Vital statistics of India. Vol. IV, Annual returns from 1871 to 1876. British Army of India, Native Army and jails of Bengal
Year: 1871
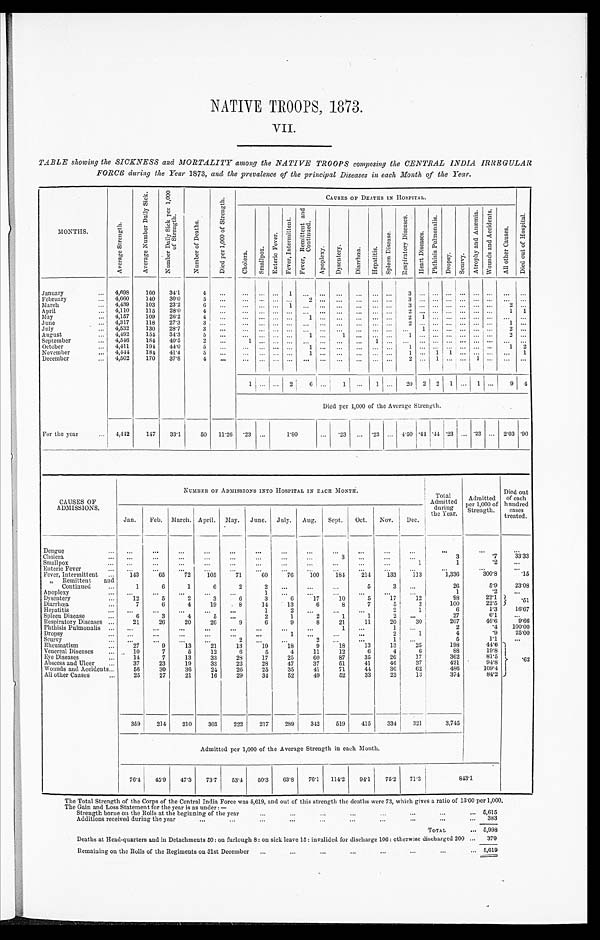
NATIVE TROOPS, 1873.
VII.
TABLE showing the SICKNESS and MORTALITY among the NATIVE TROOPS composing the CENTRAL INDIA IRREGULAR
FORCE during the Year 1873, and the prevalence of the principal Diseases in each Month of the Year.
MONTHS.
A v e r a g e S t r e n g t h .
A v e r a g e N u m b e r D a i l y S i c k .
N u m b e r D a i l y S i c k p e r 1 , 0 0 0 o f S t r e n g t h .
N u m b e r o f D e a t h s .
D i e d p e r 1 , 0 0 0 o f S t r e n g t h .
CAUSES OF DEATHS IN HOSPITAL.
D i e d o u t o f H o s p i t a l .
C h o l e r a .
S m a l l p o x .
En t e r i c F e v e r .
F e v e r , I n t e r m i t t e n t .
F e v e r , R e m i t t e n t a n d C o n t i n u e d .
A p o p l e x y .
D y s e n t e r y .
D i a r r h œ a .
H e p a t i t i s .
S p l e e n D i s e a s e .
R e s p i r a t o r y D i s e a s e s .
H e a r t D i s e a s e s .
P h t h i s i s P u l m o n a l i s .
D r o p s y .
S c u r v y .
A t r o p h y a n d A n æ m i a .
W o u n d s a n d A c c i d e n t s .
A l l o t h e r C a u s e s .
January . . .
4,698
160
34.1
4
. . .
. . .
. . .
. . .
1
. . .
. . .
. . .
. . .
. . .
. . .
3
. . .
. . .
. . .
. . .
. . .
. . .
. . .
. . .
4,660
February . . .
140
30.0
5
. . .
. . .
. . . . . . . . .
2
. . .
. . .
. . .
. . .
. . .
3
. . .
. . .
. . .
. . .
. . .
. . .
. . .
. . .
March . . .
4,439
103
23.2
6
. . .
. . .
. . . . . .
1
. . .
. . .
. . .
. . .
. . .
. . .
3
. . .
. . .
. . .
. . .
. . .
. . .
2
. . .
April . . .
4,110
115
28.0
4
. . .
. . .
. . . . . . . . .
. . .
. . .
. . .
. . .
. . .
. . .
2
. . .
. . .
. . .
. . .
. . .
. . .
1
1
May . . .
4,157
109
26.2
4
. . .
. . .
. . . . . .
. . .
1
. . .
. . .
. . .
. . .
. . .
2
1
. . .
. . .
. . .
. . .
. . .
. . .
. . .
June . . .
4,317
118
27.3
3
. . .
. . .
. . . . . . . . .
. . .
. . .
. . .
. . .
. . .
. . .
2
. . .
. . .
. . .
. . .
. . .
. . .
1
. . .
July . . .
4,532
130
28.7
3
. . .
. . .
. . .. . . . . .
. . .
. . .
. . .
. . .
. . .
. . .
. . .
1
. . .
. . .
. . .
. . .
. . .
2
. . .
August . . .
4,492
154
34.3
5
. . .
. . .
. . .. . . . . .
1
. . .
1
. . .
. . .
. . .
1
. . .
. . .
. . .
. . .
. . .
. . .
2
. . .
September . . .
4,546
184
40.5
2
. . .
1
. . .. . .
. . .
. . .
. . .
. . .
. . .
1
. . .
. . .
. . .
. . .
. . .
. . .
. . .
. . .
. . .
. . .
October . . .
4,411
194
44.0
5
. . .
. . .
. . . . . . . . .
1
. . .
. . .
. . .
. . .
. . .
1
. . .
. . .
. . .
. . .
. . .
. . .
1
2
November . . .
4,444
184
41.4
5
. . .
. . .
. . .. . . . . .
1
. . .
. . .
. . .
. . .
. . .
1
. . .
1
1
. . .
. . .
. . .
. . .
1
December . . .
4,502
170
37.8
4
. . .
. . .
. . .
. . . . . .
. . .
. . .
. . .
. . .
. . .
. . .
2
. . .
1
. . .
. . .
1
. . .
. . .
. . .
1
. . .. . . 2
6
. . .
1
. . .
1
. . .
20
2
2 1
. . .
1
. . .
9
. . .
Died per 1,000 of the Average Strength.
For the year . . .
4,442
147
33.1
50
11.26
. 2 3
. . .
1.80
. . .
. 2 3
. . .
.23
. . . 4.50 .44 .44 .23
. . . .23
. . . 2.03 .90
CAUSES OF
ADMISSIONS.
NUMBER OF ADMISSIONS INTO HOSPITAL IN EACH MONTH.
Total
Admitted
during
that Year.
Admitted
per 1,000 of
Strength.
Died out
of each
hundred
cases
treated.
Jan.
Feb.
March. April.
May.
June.
July.
Aug.
Sept.
Oct.
Nov.
Dec.
Dengue . . .
. . .
. . .
. . .
. . .
. . .
. . .
. . .
. . .
. . .
. . .
. . .
. . .
. . .
. . .
. . .
Cholera . . .
. . .
. . .
. . .
. . .
. . .
. . .
. . .
. . .
3
. . .
. . .
. . .
3
.7
33.33
Smallpox . . .
. . .
. . .
. . .
. . .
. . .
. . .
. . .
. . .
. . .
. . .
. . .
1
1
.2
. . .
Enteric Fever . . .
. . .
. . .
. . .
. . .
. . .
. . .
. . .
. . .
. . .
. . .
. . .
. . .
. . .
. . .
. . .
Fever, Intermittent . . .
143
65
72
105
71
6 0
76
100
184
214
133
113
1,336
300.8
.15
" Remittent
and
Continued . . .
1
6
1
6
2
2
. . .
. . .
. . .
5
3
. . .
26
5.9
23.08
Apoplexy . . .
. . .
. . .
. . .
. . .
. . .
1
. . .
. . .
. . .
. . .
. . .
. . .
1
.2
. . .
Dysentery . . .
12
5
2
3
6
3
6
17
10
5
17
12
98
22.1
. 5 1
22.5
Diarrhœa . . .
7
6
4
19
8
14
13
6
8
7
5
3
1 0 0
1.3
16.67
Hepatitis . . .
. . .
. . .
. . .
. . .
. . .
1
2
. . .
. . .
. . .
2
1
6
Spleen Disease . . .
6
3
4
5
. . .
2
1
2
1
1
2
. . .
27
6.1
. . .
9.66
Respiratory Diseases . . .
21
26
20
26
9
6
9
8
21
11
20
3 0
207
46.6
100.00
Phthisis Pulmonalis . . .
. . .
. . .
. . .
. . .
. . .
. . .
. . .
. . .
1
. . .
1
. . .
2
.4
Dropsy . . .
. . .
. . .
. . .
. . .
. . .
. . .
1
2
1
4
.9
25.00
Scurvy . . .
. . .
. . .
. . .
. . .
2
. . .
. . .
2
. . .
. . .
1
. . .
5
1.1
. . .
Rheumatism . . .
27
9
13
21
13
19
18
9
18
13
13
25
198
44.6
. 6 2
1 9 . 8
Venereal Diseases . . .
10
7
5
12
6
5
4
11
12
6
4
6
88
E y e D i s e a s e s . . .
14
7
13
33
28
17
25
60
87
35
26
17
362
Abscess and Ulcer . . .
37
23
19
33
22
28
47
37
51
41
46
37
421
94.8
Wounds and Accidents . . .
56
30
36
24
26
25
35
41
71
44
36
62
486
109.4
All other Causes. . .
25
27
21
16
29
34
52
49
52
33
23
13
374
84.2
359
214
210
303
222
217
289
342
519
415
334
3 2 1
3 , 7 4 5
Admitted per 1,000 of the Average Strength in each Month.
76.4
45.9
47.3
73.7
53.4
50.3
63.8
76.1
114.2
94.1
75.2
71.3
843.1
The Total Strength of the Corps of the Central India Force was 5,619, and out of this strength the deaths were 73, which gives a ratio of 13.00 per 1,000.
T h e G a i n a n d L o s s S t a t e m e n t f o r t h e y e a r i s a s u n d e r : —
Strength borne on the Rolls at the beginning of the year . . . 5,615
A d d i t i o n s r e c e i v e d d u r i n g t h e y e a r . . .
383
TOTAL . . . 5,998
Deaths at Head-quarters and in Detachments 50: on furlough 8 : on sick leave 15: invalided for discharge 106: otherwise discharged 200 . . .
379
Remaining on the Rolls of the Regiments on 31st December . . .
5,619